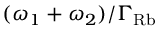
( \omega _ { 1 } + \omega _ { 2 } ) / \Gamma _ { \mathrm { R b } }